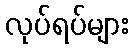
လုပ်ရပ်များ